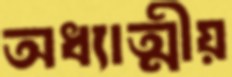
অধ্যাত্মীয়